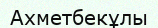
Ахметбекұлы